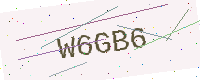
Text: W6GB6